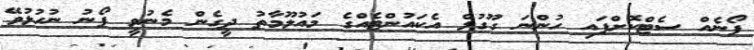
ފޯނެއް ސެޓްކޮށްފައި ހުންނަ ގޫގުލް އެކައުންޓެއްގެ މައުލޫމާތު ދީގެން މެނުވީ ފޯނު ނުހުޅުވޭ